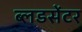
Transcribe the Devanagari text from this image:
ब्लडसेंटर